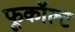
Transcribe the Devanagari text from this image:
फूकॉल्ट